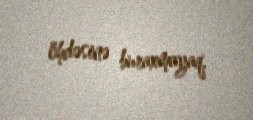
öhdəsinə buraxmayaq.